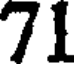
71